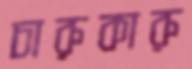
চারুকারু